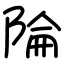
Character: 陯